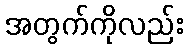
အတွက်ကိုလည်း